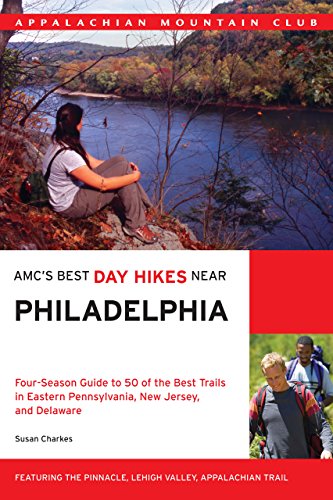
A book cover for AMC's Best Day Hikes Near Philadelphia: Four-Season Guide To 50 Of The Best Trails In Eastern Pennsylvania, New Jersey, And Delaware; Susan Charkes; Travel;